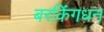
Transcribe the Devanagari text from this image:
बरकिंगधन